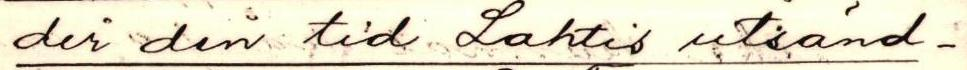
der den tid Lahtis utsänd-